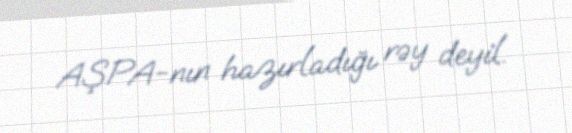
AŞPA-nın hazırladığı rəy deyil.